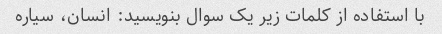
با استفاده از کلمات زیر یک سوال بنویسید: انسان، سیاره